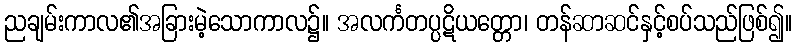
ညချမ်းကာလ၏အခြားမဲ့သောကာလ၌။ အလင်္ကတပ္ပဋိယတ္တော၊ တန်ဆာဆင်နှင့်စပ်သည်ဖြစ်၍။